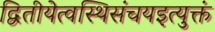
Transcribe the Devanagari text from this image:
द्वितीयेत्वस्थिसंचयइत्युक्तं